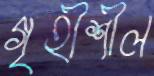
গৃহীশীল